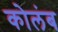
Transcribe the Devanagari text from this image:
कोलंब